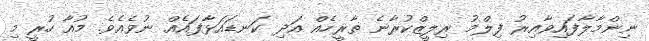
ނިންމާލާފައިވާއިރު ފިލްމު ރިލީޒްކުރާނެ ތާރީހެއް އަދި ކަނޑައަޅާފައެއް ނުވެއެވެ. މުއާ ހުރީ މި